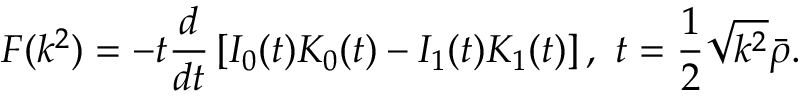
F ( k ^ { 2 } ) = - t \frac { d } { d t } \left[ I _ { 0 } ( t ) K _ { 0 } ( t ) - I _ { 1 } ( t ) K _ { 1 } ( t ) \right] , \, \, t = \frac { 1 } { 2 } \sqrt { k ^ { 2 } } \bar { \rho } .